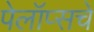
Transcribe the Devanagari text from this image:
पेलॉप्सचे